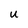
Character: u